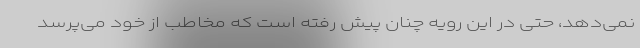
نمی‌دهد، حتی در این رویه چنان پیش رفته است که مخاطب از خود می‌پرسد